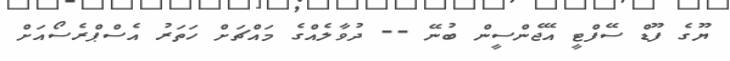
ޔޫގެ ފޫޑް ސޭފްޓީ އޭޖެންސީން ބުނޭ -- ދުވާލެއްގެ މައްޗަށް ހަތަރު އެސްޕްރެސޯއަށް